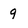
Character: 9